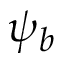
\psi _ { b }